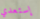
إستعدي